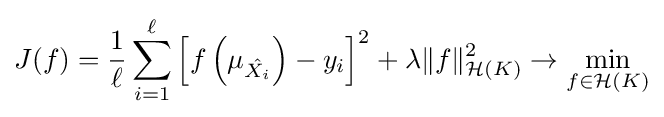
J(f)={\frac {1}{\ell }}\sum _{i=1}^{\ell }\left[f\left(\mu _{\hat {X_{i}}}\right)-y_{i}\right]^{2}+\lambda \|f\|_{{\mathcal {H}}(K)}^{2}\to \min _{f\in {\mathcal {H}}(K)}